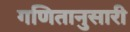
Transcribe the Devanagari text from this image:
गणितानुसारी